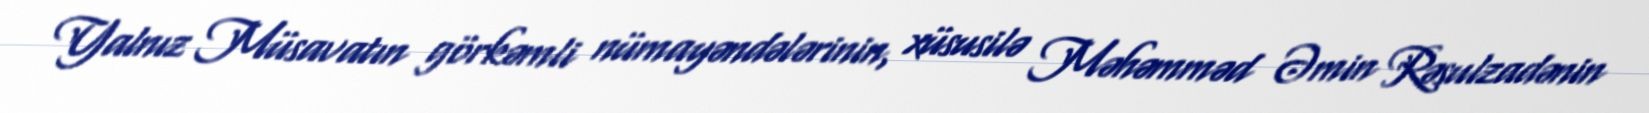
Yalnız Müsavatın görkəmli nümayəndələrinin, xüsusilə Məhəmməd Əmin Rəsulzadənin